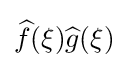
{\widehat {f}}(\xi ){\widehat {g}}(\xi )